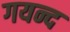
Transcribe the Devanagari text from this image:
गयन्द